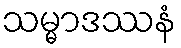
သမ္မာဒဿနံ